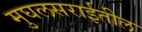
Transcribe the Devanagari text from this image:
मुघलसराईतील